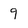
Character: 9